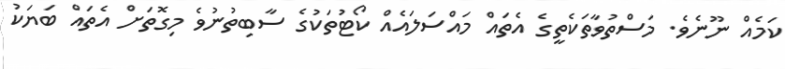
ކަމެއް ނޫނެވެ. މަސްތުވާތަކެތީގެ އެތައް މައްސަލައެއް ކޯޓުތަކުގެ ސާބިތުނުވެ މިގޮތަށް އެތައް ބަޔަކު